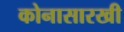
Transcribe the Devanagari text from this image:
कोनासारखी